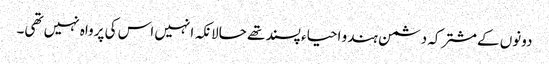
دونوں کےمشترکہ دشمن ہندو احیاء پسند تھے حالانکہ انہیں اس کی پرواہ نہیں تھی۔